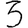
Digit: 3